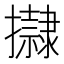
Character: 𢸀